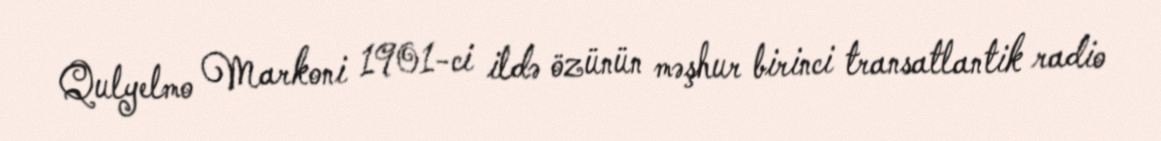
Qulyelmo Markoni 1901-ci ildə özünün məşhur birinci transatlantik radio